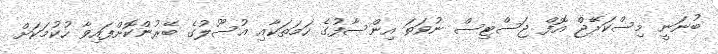
ބުނަނީ މިސްކަރޭޖް އޮފް ޖަސްޓިސް ނުވަތަ އިންސާފުގެ ހަމަތަކާއި އުސޫލުގެ ބޭރުުންކޮށްފައިވާ ހުކުމަކަށް